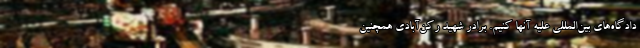
دادگاه‌های بین‌المللی علیه آنها کنیم. برادر شهید رکن‌آبادی همچنین